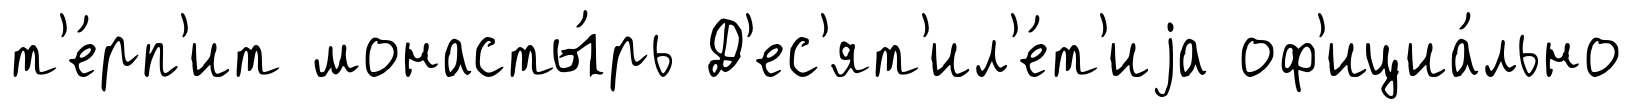
т'е́рп'ит монасты́рь Д'ес'ят'ил'е́т'иjа оф'ициа́льно